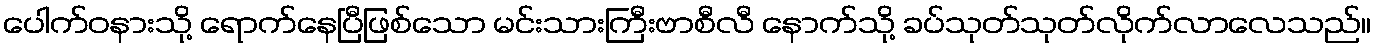
ပေါက်ဝနားသို့ ရောက်နေပြီဖြစ်သော မင်းသားကြီးဗာစီလီ နောက်သို့ ခပ်သုတ်သုတ်လိုက်လာလေသည်။